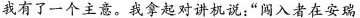
我有了一个主意。我拿起对讲机说：”闯入者在安瑞